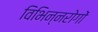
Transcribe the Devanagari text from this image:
विभिन्नरोगों